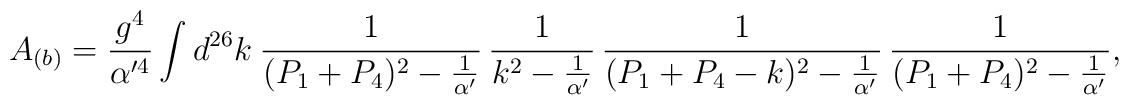
A_{(b)}=\frac{g^4}{\alpha'^4} \int d^{26}k~  \frac{1}{(P_1 +P_4)^2 - \frac{1}{\alpha'}}\,  \frac{1}{k^2 - \frac{1}{\alpha'}}\,  \frac{1}{(P_1 +P_4 -k)^2 - \frac{1}{\alpha'}}\,  \frac{1}{(P_1 +P_4)^2 - \frac{1}{\alpha'}},